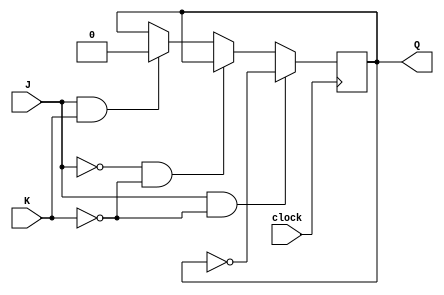
module JK_latch (
    input J,
    input K,
    input clock,
    output reg Q
);

always @(posedge clock) begin
    if (J && !K) begin
        Q <= ~Q; // Toggle output state
    end else if (!J && !K) begin
        // No change in output state
    end else if (J && K) begin
        Q <= 0; // Reset to low state
    end
end

endmodule